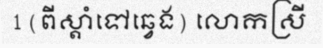
1 (ពីស្តាំទៅឆ្វេង) លោកស្រី